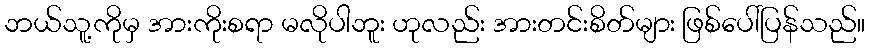
ဘယ်သူ့ကိုမှ အားကိုးစရာ မလိုပါဘူး ဟုလည်း အားတင်းစိတ်များ ဖြစ်ပေါ်ပြန်သည်။